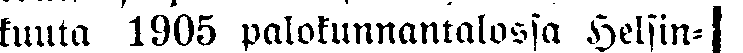
kuuta 1905 palokunnantalossa Helsin-